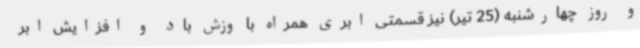
و روز چهارشنبه (25 تیر) نیز قسمتی ابری همراه با وزش باد و افزایش ابر